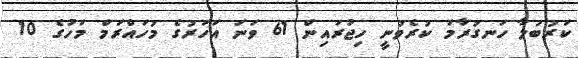
ކަރުބަލާ ހަނގުރާމަ ކުރެވުނީ ހިޖުރައިން 61 ވަނަ އަހަރުގެ މުހައްރަމް މަހުގެ 10